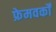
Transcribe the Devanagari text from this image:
फ्रेमवर्कों